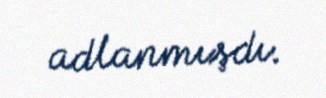
adlanmışdı.